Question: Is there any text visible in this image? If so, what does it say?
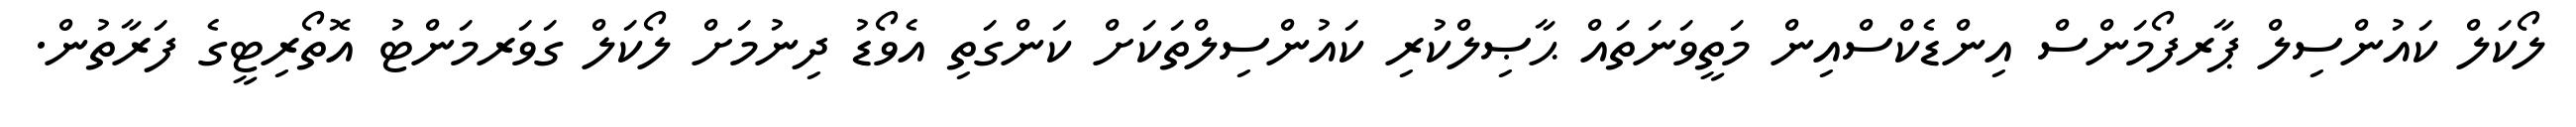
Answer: ލޯކަލް ކައުންސިލް ޕާރފޯމަންސް އިންޑެކްސްއިން މަތީވަނަތައް ޙާޞިލްކުރި ކައުންސިލްތަކަށް ކަންގަތި އެވޯޑު ދިނުމަށް ލޯކަލް ގަވަރމަންޓު އޮތޯރިޓީގެ ފަރާތުން.